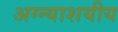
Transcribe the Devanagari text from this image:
अग्न्याशयीय